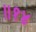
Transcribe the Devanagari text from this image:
॥१४